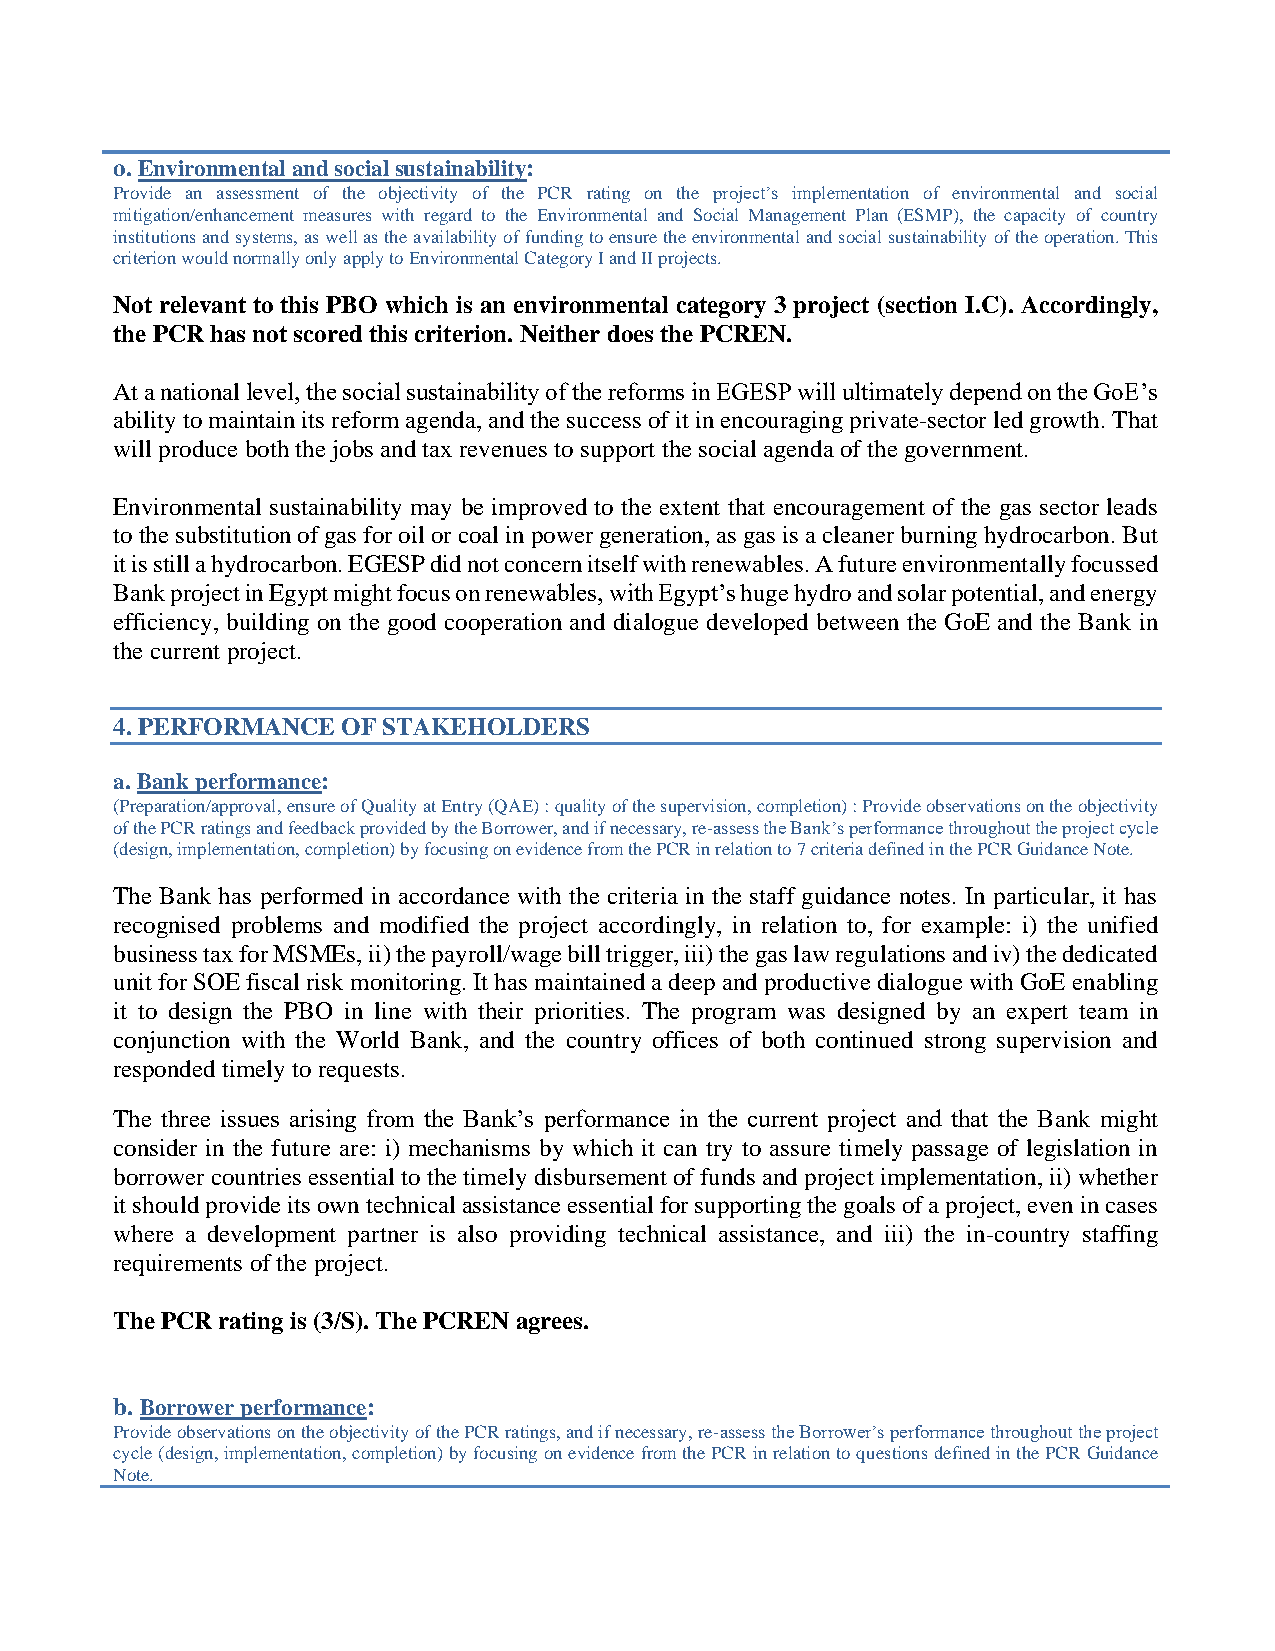
o. Environmental and social sustainability:
 Provide an assessment of the objectivity of the PCR rating on the project’s implementation of environmental and social
 mitigation/enhancement measures with regard to the Environmental and Social Management Plan (ESMP), the capacity of country
 institutions and systems, as well as the availability of funding to ensure the environmental and social sustainability of the operation. This
 criterion would normally only apply to Environmental Category I and II projects.
 Not relevant to this PBO which is an environmental category 3 project (section I.C). Accordingly,
 the PCR has not scored this criterion. Neither does the PCREN.
 At a national level, the social sustainability of the reforms in EGESP will ultimately depend on the GoE’s
 ability to maintain its reform agenda, and the success of it in encouraging private-sector led growth. That
 will produce both the jobs and tax revenues to support the social agenda of the government.
 Environmental sustainability may be improved to the extent that encouragement of the gas sector leads
 to the substitution of gas for oil or coal in power generation, as gas is a cleaner burning hydrocarbon. But
 it is still a hydrocarbon. EGESP did not concern itself with renewables. A future environmentally focussed
 Bank project in Egypt might focus on renewables, with Egypt’s huge hydro and solar potential, and energy
 efficiency, building on the good cooperation and dialogue developed between the GoE and the Bank in
 the current project.
 4. PERFORMANCE  OF STAKEHOLDERS
 a. Bank performance:
 (Preparation/approval, ensure of Quality at Entry (QAE) : quality of the supervision, completion) : Provide observations on the objectivity
 of the PCR ratings and feedback provided by the Borrower, and if necessary, re-assess the Bank’s performance throughout the project cycle
 (design, implementation, completion) by focusing on evidence from the PCR in relation to 7 criteria defined in the PCR Guidance Note.
 The Bank has performed in accordance with the criteria in the staff guidance notes. In particular, it has
 recognised problems and modified the project accordingly, in relation to, for example: i) the unified
 business tax for MSMEs, ii) the payroll/wage bill trigger, iii) the gas law regulations and iv) the dedicated
 unit for SOE fiscal risk monitoring. It has maintained a deep and productive dialogue with GoE enabling
 it to design the PBO in line with their priorities. The program was designed by an expert team in
 conjunction with the World Bank, and the country offices of both continued strong supervision and
 responded timely to requests.
 The three issues arising from the Bank’s performance in the current project and that the Bank might
 consider in the future are: i) mechanisms by which it can try to assure timely passage of legislation in
 borrower countries essential to the timely disbursement of funds and project implementation, ii) whether
 it should provide its own technical assistance essential for supporting the goals of a project, even in cases
 where a development partner is also providing technical assistance, and iii) the in-country staffing
 requirements of the project.
 The PCR rating is (3/S). The PCREN agrees.
 b. Borrower performance:
 Provide observations on the objectivity of the PCR ratings, and if necessary, re-assess the Borrower’s performance throughout the project
 cycle (design, implementation, completion) by focusing on evidence from the PCR in relation to questions defined in the PCR Guidance
 Note.